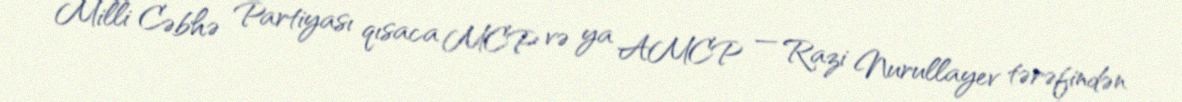
Milli Cəbhə Partiyası qısaca MCP və ya AMCP — Razi Nurullayev tərəfindən